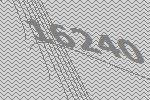
16240